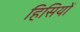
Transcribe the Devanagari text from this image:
हिसियों